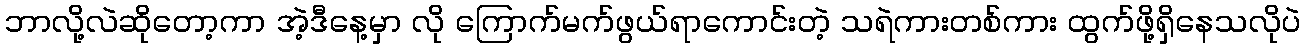
ဘာလို့လဲဆိုတော့ကာ အဲ့ဒီနေ့မှာ လို ကြောက်မက်ဖွယ်ရာကောင်းတဲ့ သရဲကားတစ်ကား ထွက်ဖို့ရှိနေသလိုပဲ